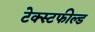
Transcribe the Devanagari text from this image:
टेक्स्टफील्ड